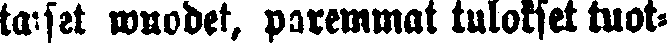
taiset wuodet, paremmat tulokset tuot-